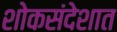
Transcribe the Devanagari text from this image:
शोकसंदेशात